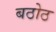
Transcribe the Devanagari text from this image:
बठोठ